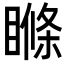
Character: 𥉉